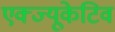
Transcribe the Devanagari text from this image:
एक्ज्यूकेटिव